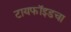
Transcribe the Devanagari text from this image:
टायफॉइडचा